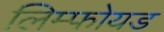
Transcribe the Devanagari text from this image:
लिम्फोयड